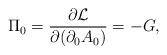
LaTeX: \begin{align*}\Pi_0 = \frac{\partial {\cal{L}}}{\partial(\partial_0A_{0})} = -G, \end{align*}